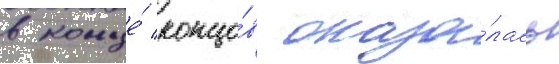
в конце́ концо́в оказа́лась